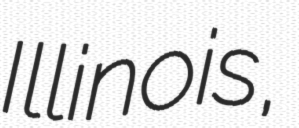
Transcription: Illinois,